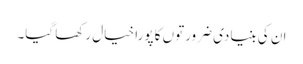
ان کی بنیادی ضرورتوں کا پورا خیال رکھا گیا۔